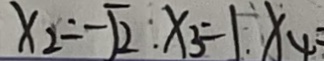
x _ { 2 } = - \sqrt { 2 } . x _ { 3 } = 1 , x _ { 4 } =